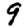
Digit: 9